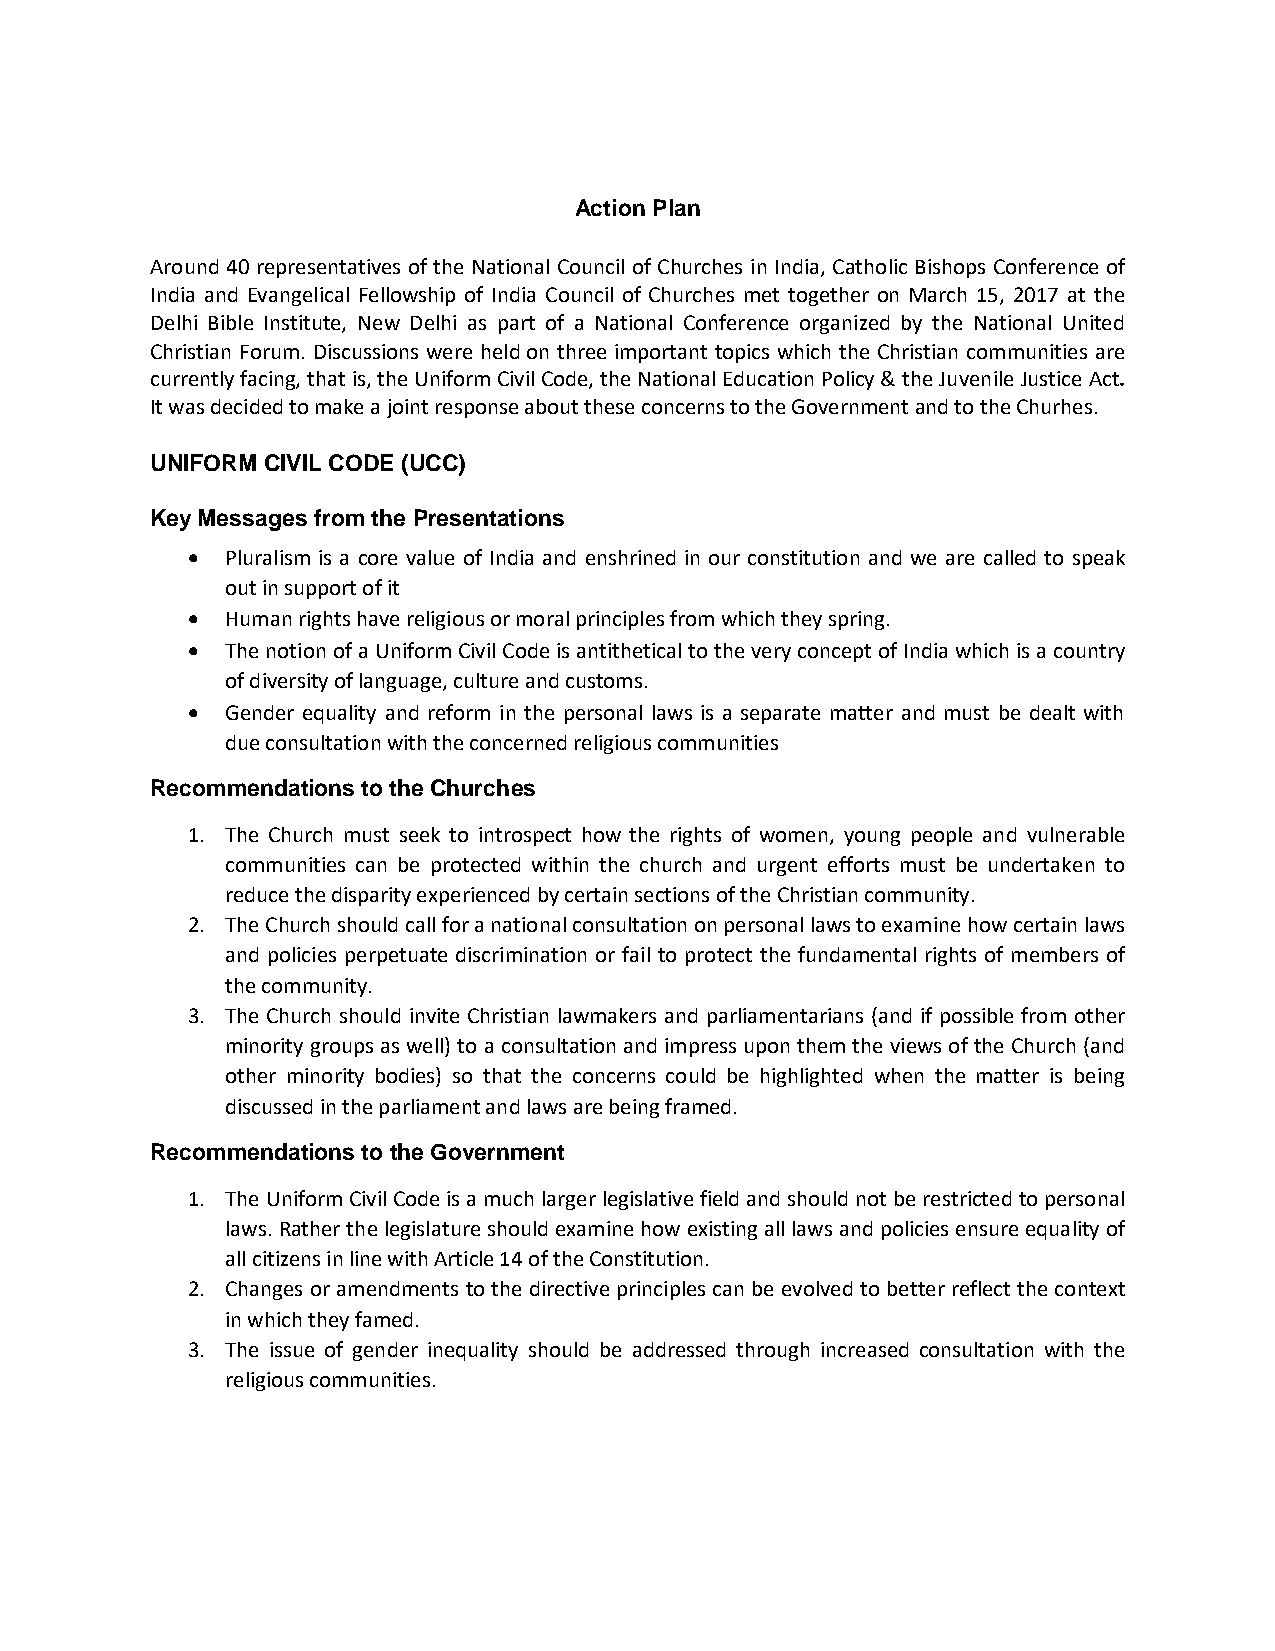
Action Plan
 Around 40 representatives of the National Council of Churches in India, Catholic Bishops Conference of
 India and Evangelical Fellowship of India Council of Churches met together on March 15, 2017 at the
 Delhi Bible Institute, New Delhi as part of a National Conference organized by the National United
 Christian Forum. Discussions were held on three important topics which the Christian communities are
 currently facing, that is, the Uniform Civil Code, the National Education Policy & the Juvenile Justice Act.
 It was decided to make a joint response about these concerns to the Government and to the Churhes.
 UNIFORM CIVIL CODE (UCC)
 Key Messages from the Presentations
   Pluralism is a core value of India and enshrined in our constitution and we are called to speak
 out in support of it
   Human rights have religious or moral principles from which they spring.
   The notion of a Uniform Civil Code is antithetical to the very concept of India which is a country
 of diversity of language, culture and customs.
   Gender equality and reform in the personal laws is a separate matter and must be dealt with
 due consultation with the concerned religious communities
 Recommendations to the Churches
 1. The Church must seek to introspect how the rights of women, young people and vulnerable
 communities can be protected within the church and urgent efforts must be undertaken to
 reduce the disparity experienced by certain sections of the Christian community.
 2. The Church should call for a national consultation on personal laws to examine how certain laws
 and policies perpetuate discrimination or fail to protect the fundamental rights of members of
 the community.
 3. The Church should invite Christian lawmakers and parliamentarians (and if possible from other
 minority groups as well) to a consultation and impress upon them the views of the Church (and
 other minority bodies) so that the concerns could be highlighted when the matter is being
 discussed in the parliament and laws are being framed.
 Recommendations to the Government
 1. The Uniform Civil Code is a much larger legislative field and should not be restricted to personal
 laws. Rather the legislature should examine how existing all laws and policies ensure equality of
 all citizens in line with Article 14 of the Constitution.
 2. Changes or amendments to the directive principles can be evolved to better reflect the context
 in which they famed.
 3. The issue of gender inequality should be addressed through increased consultation with the
 religious communities.